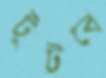
টুটবে